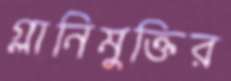
গ্লানিমুক্তির